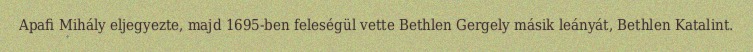
Apafi Mihály eljegyezte, majd 1695-ben feleségül vette Bethlen Gergely másik leányát, Bethlen Katalint.